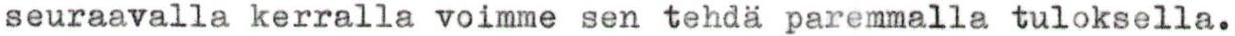
seuraavalla kerralla voimme sen tehdä paremmalla tuloksella.